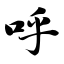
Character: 呼